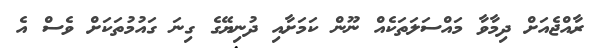
ރާއްޖެއަށް ދިމާވާ މައްސަލަތަކެއް ނޫން ކަމަށާއި ދުނިޔޭގެ ގިނަ ގައުމުތަކަށް ވެސް އެ